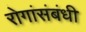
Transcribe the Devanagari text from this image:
रोगांसंबंधी